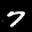
Label: 7